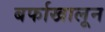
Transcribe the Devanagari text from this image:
बर्फाखालून